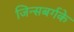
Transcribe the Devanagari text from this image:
जिन्सबर्गके